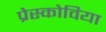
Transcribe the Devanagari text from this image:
प्रेस्कोविया